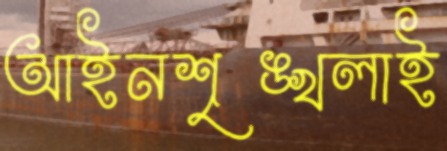
আইনশৃঙ্খলাই